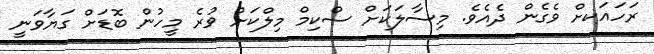
ރަހައަކށް ވެގެން ދެއެވެ. މިސާލަކަށް ސްކިމް މިލްކަށް ވުރެ މީހުން ބޮޑަށް ގަޔާވަނީ